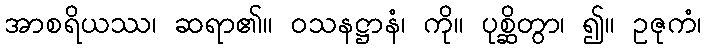
အာစရိယဿ၊ ဆရာ၏။ ဝသနဋ္ဌာနံ၊ ကို။ ပုစ္ဆိတွာ၊ ၍။ ဥဇုကံ၊